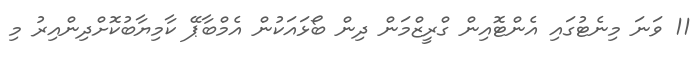
11 ވަނަ މިނެޓުގައި އެންޓޮއިން ގްރީޒްމަން ދިން ބޯޅައަކުން އެމްބާޕޭ ކާމިޔާބުކޮށްދިންއިރު މި